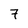
Character: 7